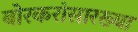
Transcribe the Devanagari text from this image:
बोरकरांसारख्या